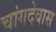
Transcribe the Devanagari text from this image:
चांगदेवास